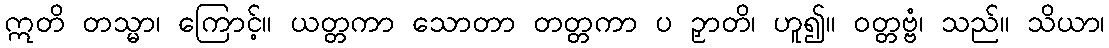
ဣတိ တသ္မာ၊ ကြောင့်။ ယတ္တကာ သောတာ တတ္တကာ ပ ဉှာတိ၊ ဟူ၍။ ဝတ္တဗ္ဗံ၊ သည်။ သိယာ၊